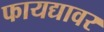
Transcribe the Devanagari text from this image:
फायद्यावर